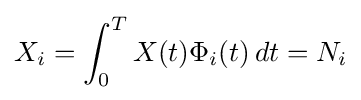
X_{i}=\int _{0}^{T}X(t)\Phi _{i}(t)\,dt=N_{i}